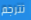
تترجم